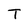
Character: T